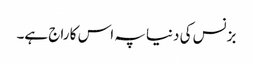
بزنس کی دنیا پہ اس کا راج ہے۔